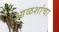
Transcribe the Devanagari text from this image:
आळशांचा